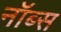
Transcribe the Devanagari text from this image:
नॉब्स